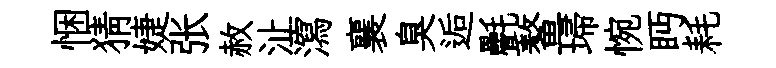
悃猜婕张赦沚瀉襄臭逅㲲鳌埽惋眄耗